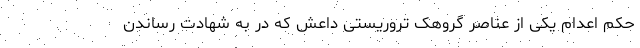
حکم اعدام یکی از عناصر گروهک تروریستی داعش‌ که در به شهادت رساندن